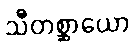
သီတစ္ဆာယော